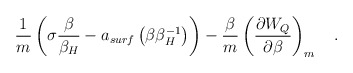
\begin{align*}\frac 1m\left(\sigma {\beta \over \beta_H} - a_{surf}\left(\beta \beta_H^{-1}\right)\right)-{\beta \over m}\left({\partial W_Q \over \partial \beta}\right)_{m}~~~.\end{align*}